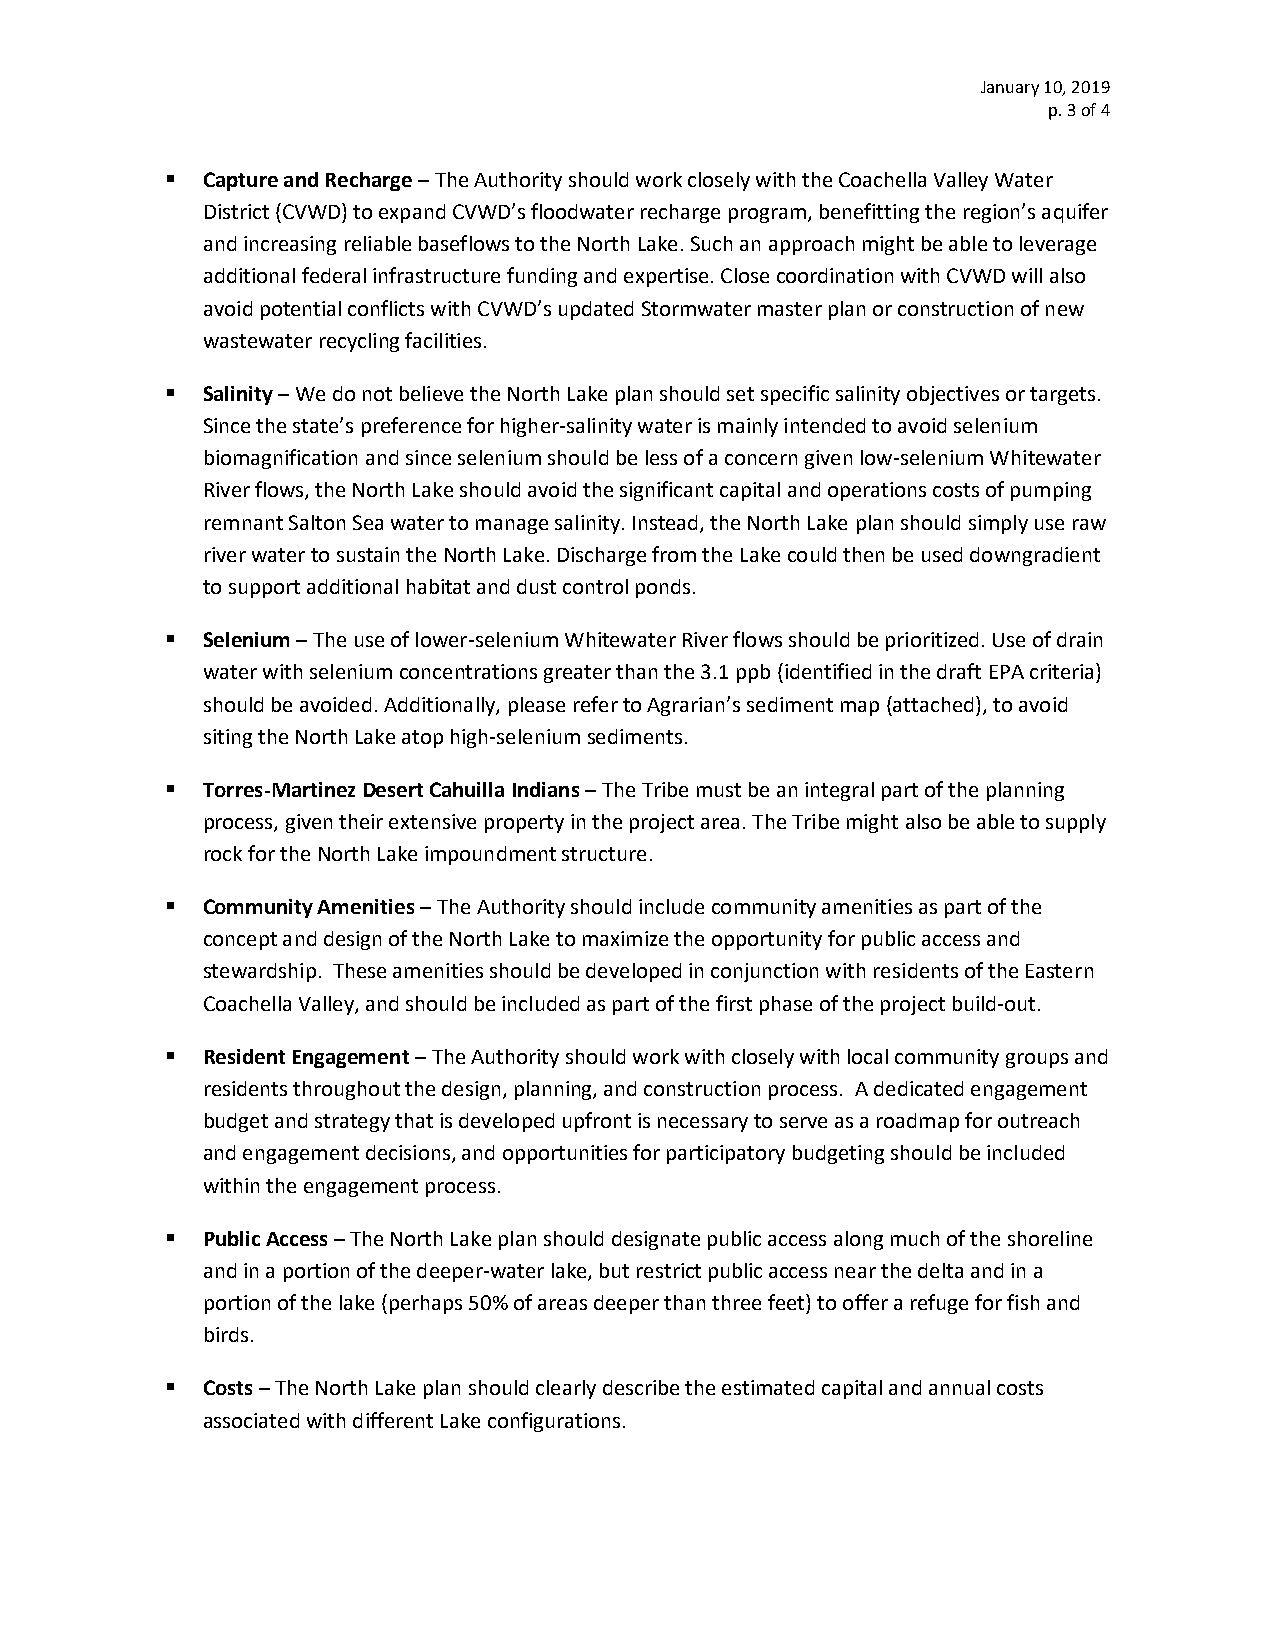
January 10, 2019
 p. 3 of 4
 ▪ Capture and Recharge – The Authority should work closely with the Coachella Valley Water
 District (CVWD) to expand CVWD’s floodwater recharge program, benefitting the region’s aquifer
 and increasing reliable baseflows to the North Lake. Such an approach might be able to leverage
 additional federal infrastructure funding and expertise. Close coordination with CVWD will also
 avoid potential conflicts with CVWD’s updated Stormwater master plan or construction of new
 wastewater recycling facilities.
 ▪ Salinity – We do not believe the North Lake plan should set specific salinity objectives or targets.
 Since the state’s preference for higher-salinity water is mainly intended to avoid selenium
 biomagnification and since selenium should be less of a concern given low-selenium Whitewater
 River flows, the North Lake should avoid the significant capital and operations costs of pumping
 remnant Salton Sea water to manage salinity. Instead, the North Lake plan should simply use raw
 river water to sustain the North Lake. Discharge from the Lake could then be used downgradient
 to support additional habitat and dust control ponds.
 ▪ Selenium – The use of lower-selenium Whitewater River flows should be prioritized. Use of drain
 water with selenium concentrations greater than the 3.1 ppb (identified in the draft EPA criteria)
 should be avoided. Additionally, please refer to Agrarian’s sediment map (attached), to avoid
 siting the North Lake atop high-selenium sediments.
 ▪ Torres-Martinez Desert Cahuilla Indians – The Tribe must be an integral part of the planning
 process, given their extensive property in the project area. The Tribe might also be able to supply
 rock for the North Lake impoundment structure.
 ▪ Community Amenities – The Authority should include community amenities as part of the
 concept and design of the North Lake to maximize the opportunity for public access and
 stewardship. These amenities should be developed in conjunction with residents of the Eastern
 Coachella Valley, and should be included as part of the first phase of the project build-out.
 ▪ Resident Engagement – The Authority should work with closely with local community groups and
 residents throughout the design, planning, and construction process. A dedicated engagement
 budget and strategy that is developed upfront is necessary to serve as a roadmap for outreach
 and engagement decisions, and opportunities for participatory budgeting should be included
 within the engagement process.
 ▪ Public Access – The North Lake plan should designate public access along much of the shoreline
 and in a portion of the deeper-water lake, but restrict public access near the delta and in a
 portion of the lake (perhaps 50% of areas deeper than three feet) to offer a refuge for fish and
 birds.
 ▪ Costs – The North Lake plan should clearly describe the estimated capital and annual costs
 associated with different Lake configurations.